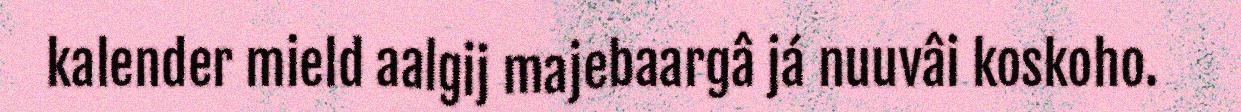
kalender mield aalgij majebaargâ já nuuvâi koskoho.